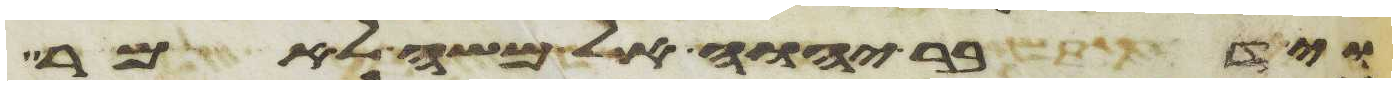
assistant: וידבר יהוה אל משה לאמר